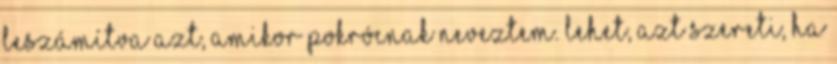
Leszámítva azt, amikor pokrócnak neveztem. Lehet, azt szereti, ha